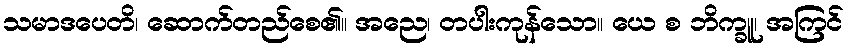
သမာဒပေတိ၊ ဆောက်တည်စေ၏။ အညေ၊ တပါးကုန်သော။ ယေ စ ဘိက္ခူ၊ အကြင်